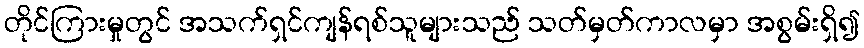
တိုင်ကြားမှုတွင် အသက်ရှင်ကျန်ရစ်သူများသည် သတ်မှတ်ကာလမှာ အစွမ်းရှိ၍